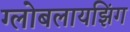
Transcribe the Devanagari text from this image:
ग्लोबलायझिंग